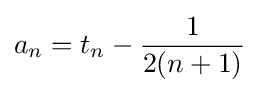
a_{n}=t_{n}-{\frac {1}{2(n+1)}}